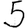
Digit: 5